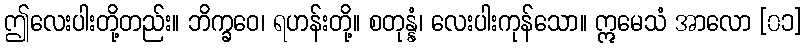
ဤလေးပါးတို့တည်း။ ဘိက္ခဝေ၊ ရဟန်းတို့။ စတုန္နံ၊ လေးပါးကုန်သော။ ဣမေသံ အာလော [၀၁]